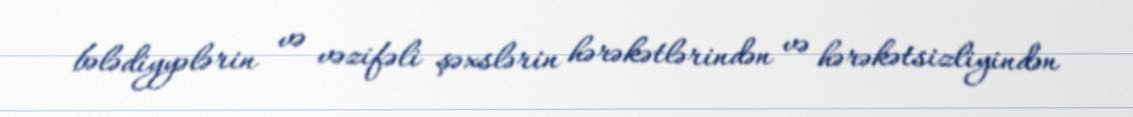
bələdiyyələrin və vəzifəli şəxslərin hərəkətlərindən və hərəkətsizliyindən